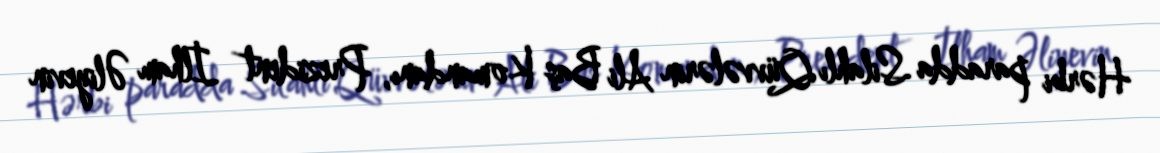
Hərbi paradda Silahlı Qüvvələrin Ali Baş Komandanı, Prezident İlham Əliyevin